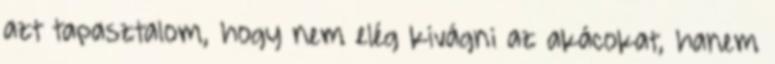
azt tapasztalom, hogy nem elég kivágni az akácokat, hanem